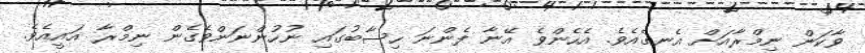
ވާކަން ނިމްރާއަށް އެނގެއެވެ. އެހެންވެ އޭނާ ފެންނަ ހިސާބުގައި ނުހުންނަންވެގެން ނިމްރާ އައީއެވެ.